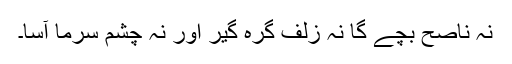
نہ ناصح بچے گا نہ زلف گرہ گیر اور نہ چشم سرما آسا۔